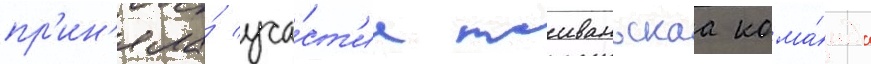
пр'ин'яла́ уча́ст'ие таиваньскаа кома́нда